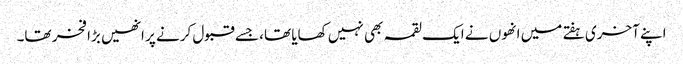
اپنے آخری ہفتے میں انھوں نے ایک لقمہ بھی نہیں کھایا تھا، جسے قبول کرنے پر انھیں بڑا فخر تھا۔